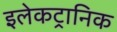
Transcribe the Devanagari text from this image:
इलेकट्रानिक